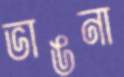
ভাঙনা